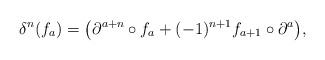
\begin{align*} \delta^n(f_a)=\big(\partial^{a+n}\circ f_a+(-1)^{n+1}f_{a+1}\circ\partial ^a \big), \end{align*}